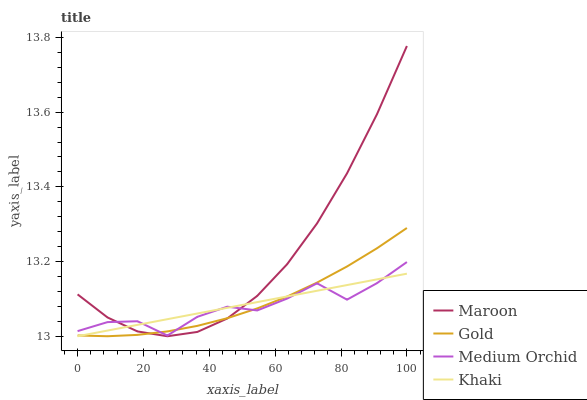
| xaxis_label | Maroon | Gold | Medium Orchid | Khaki |
 | --- | --- | --- | --- | --- |
 | 0 | 13.1 | 13 | 13 | 13 |
 | 9.09 | 13.1 | 13 | 13 | 13 |
 | 18.2 | 13 | 13 | 13 | 13 |
 | 27.3 | 13 | 13 | 13 | 13 |
 | 36.4 | 13 | 13 | 13.1 | 13.1 |
 | 45.5 | 13 | 13 | 13.1 | 13.1 |
 | 54.5 | 13.1 | 13.1 | 13.1 | 13.1 |
 | 63.6 | 13.2 | 13.1 | 13.1 | 13.1 |
 | 72.7 | 13.3 | 13.1 | 13.1 | 13.1 |
 | 81.8 | 13.4 | 13.2 | 13.1 | 13.1 |
 | 90.9 | 13.6 | 13.2 | 13.1 | 13.2 |
 | 100 | 13.8 | 13.3 | 13.2 | 13.2 |